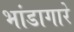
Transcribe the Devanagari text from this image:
भांडागारे